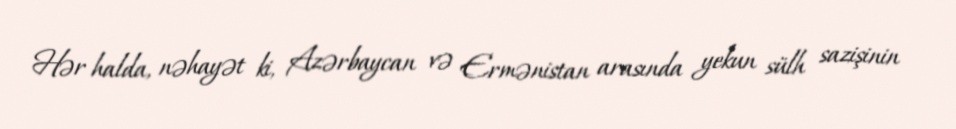
Hər halda, nəhayət ki, Azərbaycan və Ermənistan arasında yekun sülh sazişinin